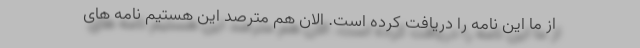
از ما این نامه را دریافت کرده است. الان هم مترصد این هستیم نامه های